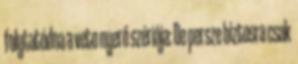
folytatódna a veto nyerő szériája: De persze biztosra csak